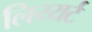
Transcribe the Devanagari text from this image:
लिय्यर्ट